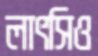
লাৎসিও